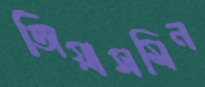
জিয়াসমিন